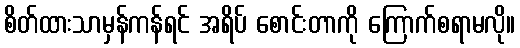
စိတ်ထားသာမှန်ကန်ရင် အရိပ် စောင်းတာကို ကြောက်စရာမလို။